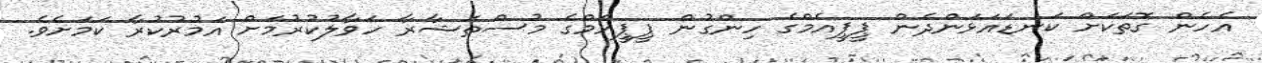
އެހެން ގޮތަކަށް ކަނޑައަޅަންދެން ޕީޕީއެމްގެ ހިންގުން ޕީޕީއެމްގެ މުސްތަޝާރާ ހަވާލުކުރުމަށް އަމުރުކުރާ ކަމަށެެވެ.